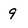
Character: 9